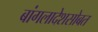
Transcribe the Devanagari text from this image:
बांगलादेशसोबत